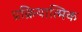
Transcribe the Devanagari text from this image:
प्रक्रियात्मिक